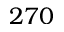
2 7 0